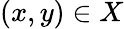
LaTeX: (x,y)\in X